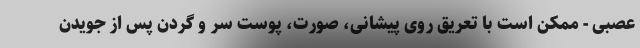
عصبی - ممکن است با تعریق روی پیشانی، صورت، پوست سر و گردن پس از جویدن